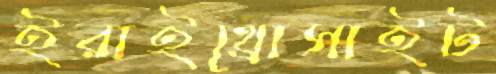
ইরাইথ্রোসাইট